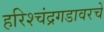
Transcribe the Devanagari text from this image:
हरिश्चंद्रगडावरचे